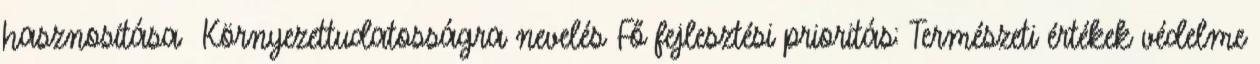
hasznosítása ▪Környezettudatosságra nevelés Fő fejlesztési prioritás: Természeti értékek védelme